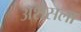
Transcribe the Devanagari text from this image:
ॲशेसला